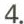
4.